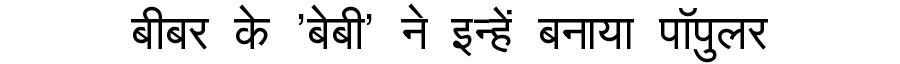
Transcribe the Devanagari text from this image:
बीबर के 'बेबी' ने इन्हें बनाया पॉपुलर